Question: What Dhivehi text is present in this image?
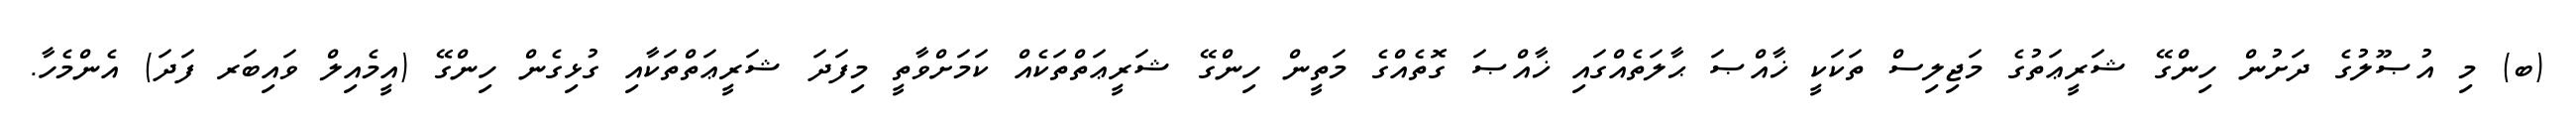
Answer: (ބ) މި އުޞޫލުގެ ދަށުން ހިންގޭ ޝަރީޢަތުގެ މަޖިލިސް ތަކަކީ ޚާއްޞަ ޙާލަތެއްގައި ޚާއްޞަ ގޮތެއްގެ މަތީން ހިންގޭ ޝަރީޢަތްތަކެއް ކަމަށްވާތީ މިފަދަ ޝަރީޢަތްތަކާއި ގުޅިގެން ހިންގޭ (އީމެއިލް ވައިބަރ ފަދަ) އެންމެހާ.